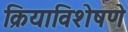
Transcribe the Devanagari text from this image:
क्रियाविशेषणे